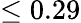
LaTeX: \leq 0.29